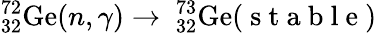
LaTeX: ^{72}_{32}\mathrm{Ge}(n,\gamma)\rightarrow\ _{32}^{73}\mathrm{Ge}(\mathrm{~s~t~a~b~l~e~})